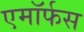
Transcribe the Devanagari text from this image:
एमॉर्फस